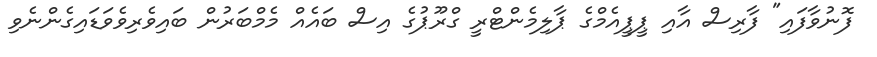
ފޮނުވާފައި" ފާރިސް އާއި ޕީޕީއެމްގެ ޕާލިމެންޓްރީ ގްރޫޕުގެ އިސް ބައެއް މެމްބަރުން ބައިވެރިވެވަޑައިގެންނެވި